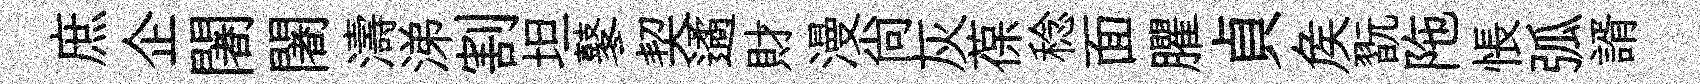
庶企闍闍濤涕割坦鼕契遹財漫尚灰葆稔面臞貞矦翫陁悵弧諝